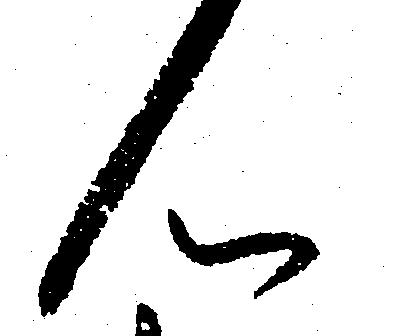
ん